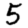
Digit: 5